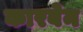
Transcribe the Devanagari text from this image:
कारबेन